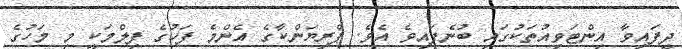
ދީފައިވާ އިންޓަވިއުތަކުގައި ބުނެފައިވެ އެވެ. ޕްރިޔަންކާގެ އެންމެ ފަހުގެ ފިލްމަކީ މި މަހުގެ